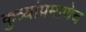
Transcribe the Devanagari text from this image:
कुत्र्यांप्रमाणेच